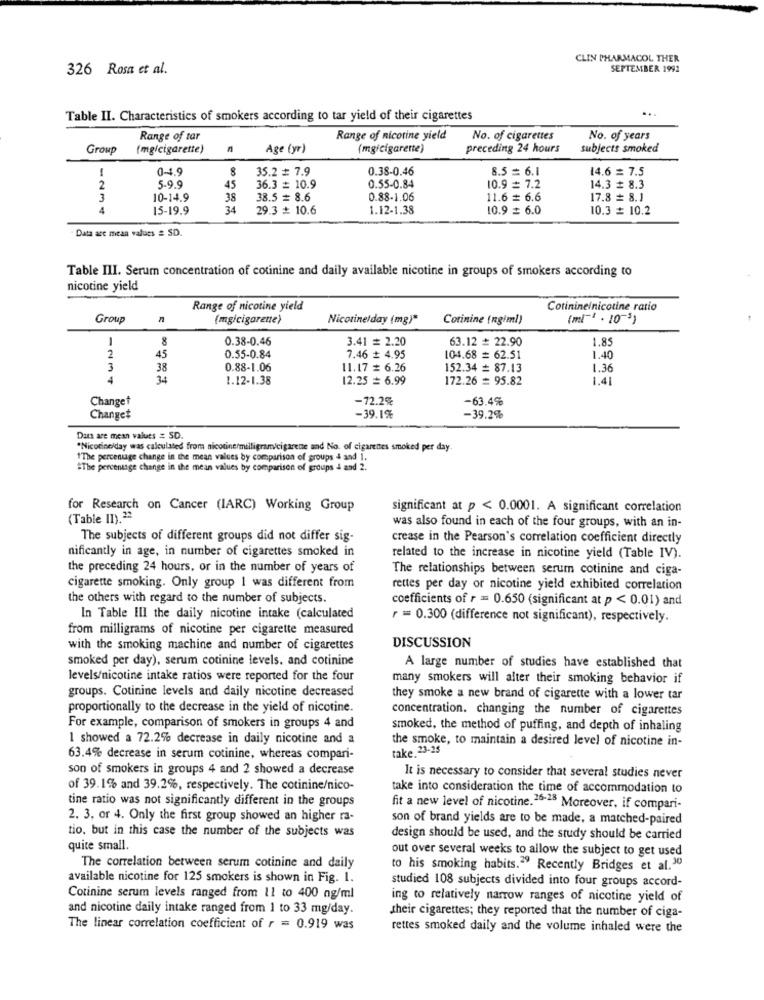
CLIN PHARMACOL THER
326 Rosa et al.
SEPTEMBER 1992
...
Table II. Characteristics of smokers according to tar yield of their cigarettes
Range of tar
Range of nicotine yield
No. of cigarettes
No. of years
Group
(mg/cigarette)
Age (yr)
(mgicigarette)
preceding 24 hours
subjects smoked
1
0-4.9
35.2 # 7.9
0.38-0.46
8.5 = 6.1
14.6 = 7.5
5.9.9
2
45
36.3 = 10.9
0.55-0.84
10.9 = 7.2
14.3 # 8.3
3
10-14.9
38
38.5 # 8.6
0.88-1.06
11.6 # 6.6
17.8 # 8.1
4
15-19.9
34
29.3 + 10.6
1.12-1.38
10.9 = 6.0
10.3 + 10.2
Data arc mean values : SD.
Table III. Serum concentration of cotinine and daily available nicotine in groups of smokers according to
nicotine yield
Range of nicotine yield
Cotininelnicotine ratio
Group
n
(mg/cigarette)
Nicotinelday (mg)"
Corinine (ngiml)
(ml-1 . 10-3)
1
8
0.38-0.46
3.41 = 2.20
63.12 # 22.90
1.85
2
45
0.55-0.84
7.46 # 4.95
104.68 = 62.51
1.40
3
38
0.88-1.06
11.17 # 6.26
152.34 = 87.13
1.36
4
34
1.12-1.38
12.25 = 6.99
172.26 = 95.82
1.41
Changet
-72.2%
-63.4%
Changet
-39.1%
-39.2%
Dans are mean values = SD.
*Nicotine/day was calculated from nicotine/milligram/cigarette and No. of cigarenes smoked per day
"The percentage change in the mean values by comparison of groups 4 sad 1.
#The percentage change in the mean values by comparison of groups 4 and 2.
for Research on Cancer (IARC) Working Group
significant at p < 0.0001. A significant correlation
(Table II).22
was also found in each of the four groups, with an in-
The subjects of different groups did not differ sig-
crease in the Pearson's correlation coefficient directly
nificantly in age, in number of cigarettes smoked in
related to the increase in nicotine yield (Table IV).
the preceding 24 hours, or in the number of years of
The relationships between serum cotinine and ciga-
cigarette smoking. Only group 1 was different from
rettes per day or nicotine yield exhibited correlation
the others with regard to the number of subjects.
coefficients of r = 0.650 (significant at p < 0.01) and
In Table Ill the daily nicotine intake (calculated
r = 0.300 (difference not significant), respectively.
from milligrams of nicotine per cigarette measured
DISCUSSION
with the smoking machine and number of cigarettes
smoked per day), serum cotinine levels. and cotinine
A large number of studies have established that
levels/nicotine intake ratios were reported for the four
many smokers will alter their smoking behavior if
groups. Cotinine levels and daily nicotine decreased
they smoke a new brand of cigarette with a lower tar
proportionally to the decrease in the yield of nicotine.
concentration. changing the number of cigarettes
For example, comparison of smokers in groups 4 and
smoked, the method of puffing, and depth of inhaling
I showed a 72.2% decrease in daily nicotine and a
the smoke, to maintain a desired level of nicotine in-
take.23-25
63.4% decrease in serum cotinine, whereas compari-
son of smokers in groups 4 and 2 showed a decrease
It is necessary to consider that several studies never
of 39. 1% and 39.2%, respectively. The cotinine/nico-
take into consideration the time of accommodation to
tine ratio was not significantly different in the groups
fit a new level of nicotine.26-28 Moreover, if compari-
2. 3, or 4. Only the first group showed an higher ra-
son of brand yields are to be made, a matched-paired
tio, but in this case the number of the subjects was
design should be used, and the study should be carried
quite small.
out over several weeks to allow the subject to get used
The correlation between serum cotinine and daily
to his smoking habits." Recently Bridges et al. 30
available nicotine for 125 smokers is shown in Fig. 1.
studied 108 subjects divided into four groups accord-
Cotinine serum levels ranged from 11 to 400 ng/ml
ing to relatively narrow ranges of nicotine yield of
and nicotine daily intake ranged from 1 to 33 mg/day.
their cigarettes; they reported that the number of ciga-
The linear correlation coefficient of r = 0.919 was
rettes smoked daily and the volume inhaled were the